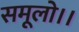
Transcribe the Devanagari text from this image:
समूलो।।